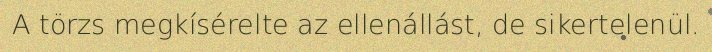
A törzs megkísérelte az ellenállást, de sikertelenül.